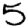
Digit: 5